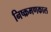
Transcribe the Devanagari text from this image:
निष्क्रमणकाल